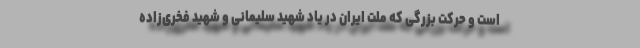
است و حرکت بزرگی که ملّت ایران در یاد شهید سلیمانی و شهید فخری‌زاده